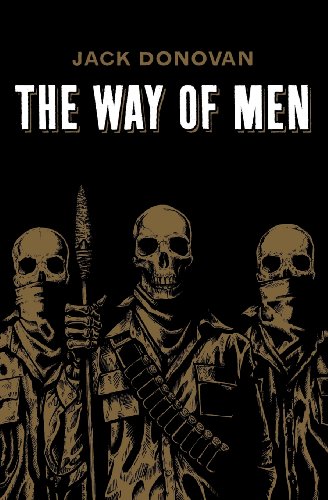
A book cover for The Way of Men; Jack Donovan; Politics & Social Sciences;